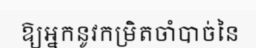
ឱ្យអ្នកនូវកម្រិតចាំបាច់នៃ